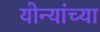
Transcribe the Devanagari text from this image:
योन्यांच्या